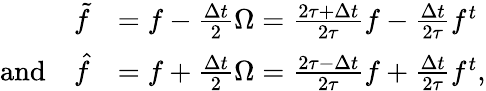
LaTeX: \begin{array}{rl}{\tilde{f}}&{=f-\frac{\Delta t}{2}\Omega=\frac{2\tau+\Delta t}{2\tau}f-\frac{\Delta t}{2\tau}f^{t}}\\ {\textrm{and}\quad\hat{f}}&{=f+\frac{\Delta t}{2}\Omega=\frac{2\tau-\Delta t}{2\tau}f+\frac{\Delta t}{2\tau}f^{t},}\end{array}